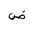
Letter: _dad